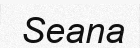
Seana